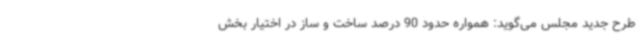
طرح جدید مجلس می‌گوید: همواره حدود 90 درصد ساخت و ساز در اختیار بخش